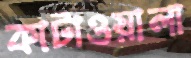
কাটাওয়ালা